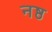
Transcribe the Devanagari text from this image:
नष्ठ